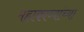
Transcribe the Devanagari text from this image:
महाकाव्यांच्या